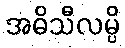
အဓိသီလမ္ပိ